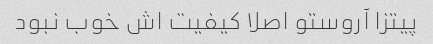
پیتزا آروستو اصلا کیفیت اش خوب نبود